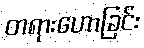
တရားဟောခြင်း